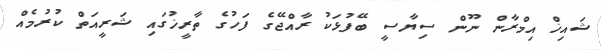
ޝައިޚް އިމްރާން ނޫން ސިޔާސީ ބޭފުޅަކު ރާއްޖޭގެ ފަހުގެ ތާރީޚުގައި ޝަރީއަތް ކުރުމެއް